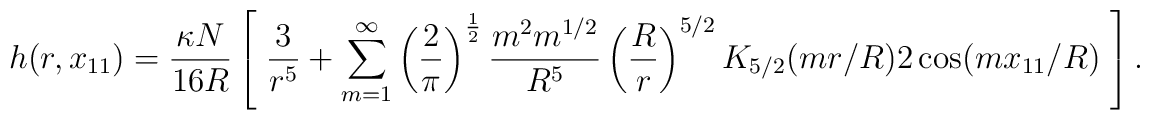
h(r, x_{11}) = \frac{\kappa N}{16 R}     \left[ \; \frac{3}{r^5} +       \sum^{\infty}_{m=1} \left( \frac{2}{\pi} \right)^\frac{1}{2}              \frac{m^2 m^{1/2}}{R^5} \left(          \frac{R}{r} \right)^{5/2}                           K_{5/2} ( mr / R )         2 \cos (m x_{11} / R ) \;    \right] .